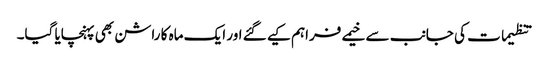
تنظیمات کی جانب سے خیمے فراہم کیے گئے اور ایک ماہ کا راشن بھی پہنچایا گیا۔